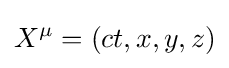
X^{\mu }=(ct,x,y,z)